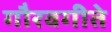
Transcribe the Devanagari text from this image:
गौरवगीते